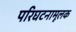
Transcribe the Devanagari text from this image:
परिघटनामूलक